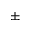
\pm